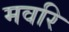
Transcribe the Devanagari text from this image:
मवरि